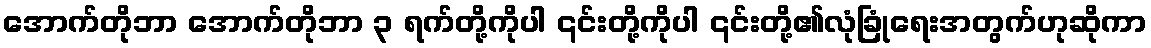
အောက်တိုဘာ အောက်တိုဘာ ၃ ရက်တို့ကိုပါ ၎င်းတို့ကိုပါ ၎င်းတို့၏လုံခြုံရေးအတွက်ဟုဆိုကာ